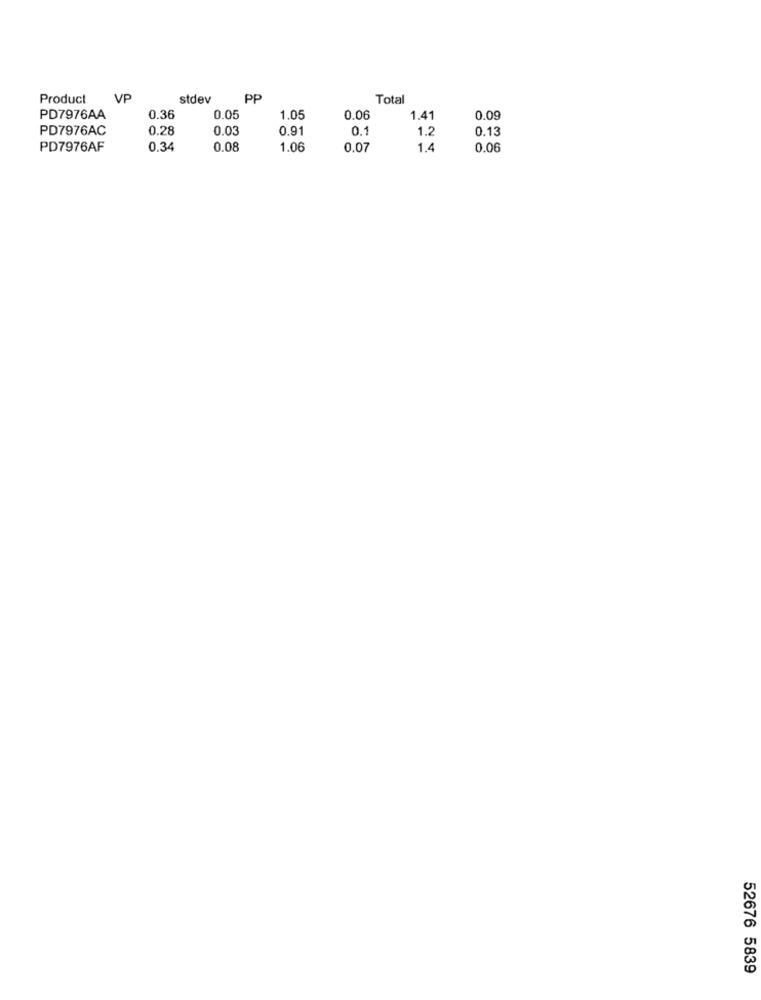
Product
VP
stdev
PP
Total
PD7976AA
0.36
0.05
1.05
0.06
1.41
0.09
PD7976AC
0.28
0.03
0.91
0.1
1.2
0.13
PD7976AF
0.34
0.08
1.06
0.07
1.4
0.06
52676 5839